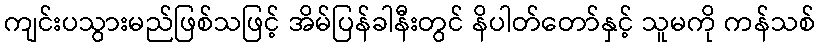
ကျင်းပသွားမည်ဖြစ်သဖြင့် အိမ်ပြန်ခါနီးတွင် နိပါတ်တော်နှင့် သူမကို ကန်သစ်